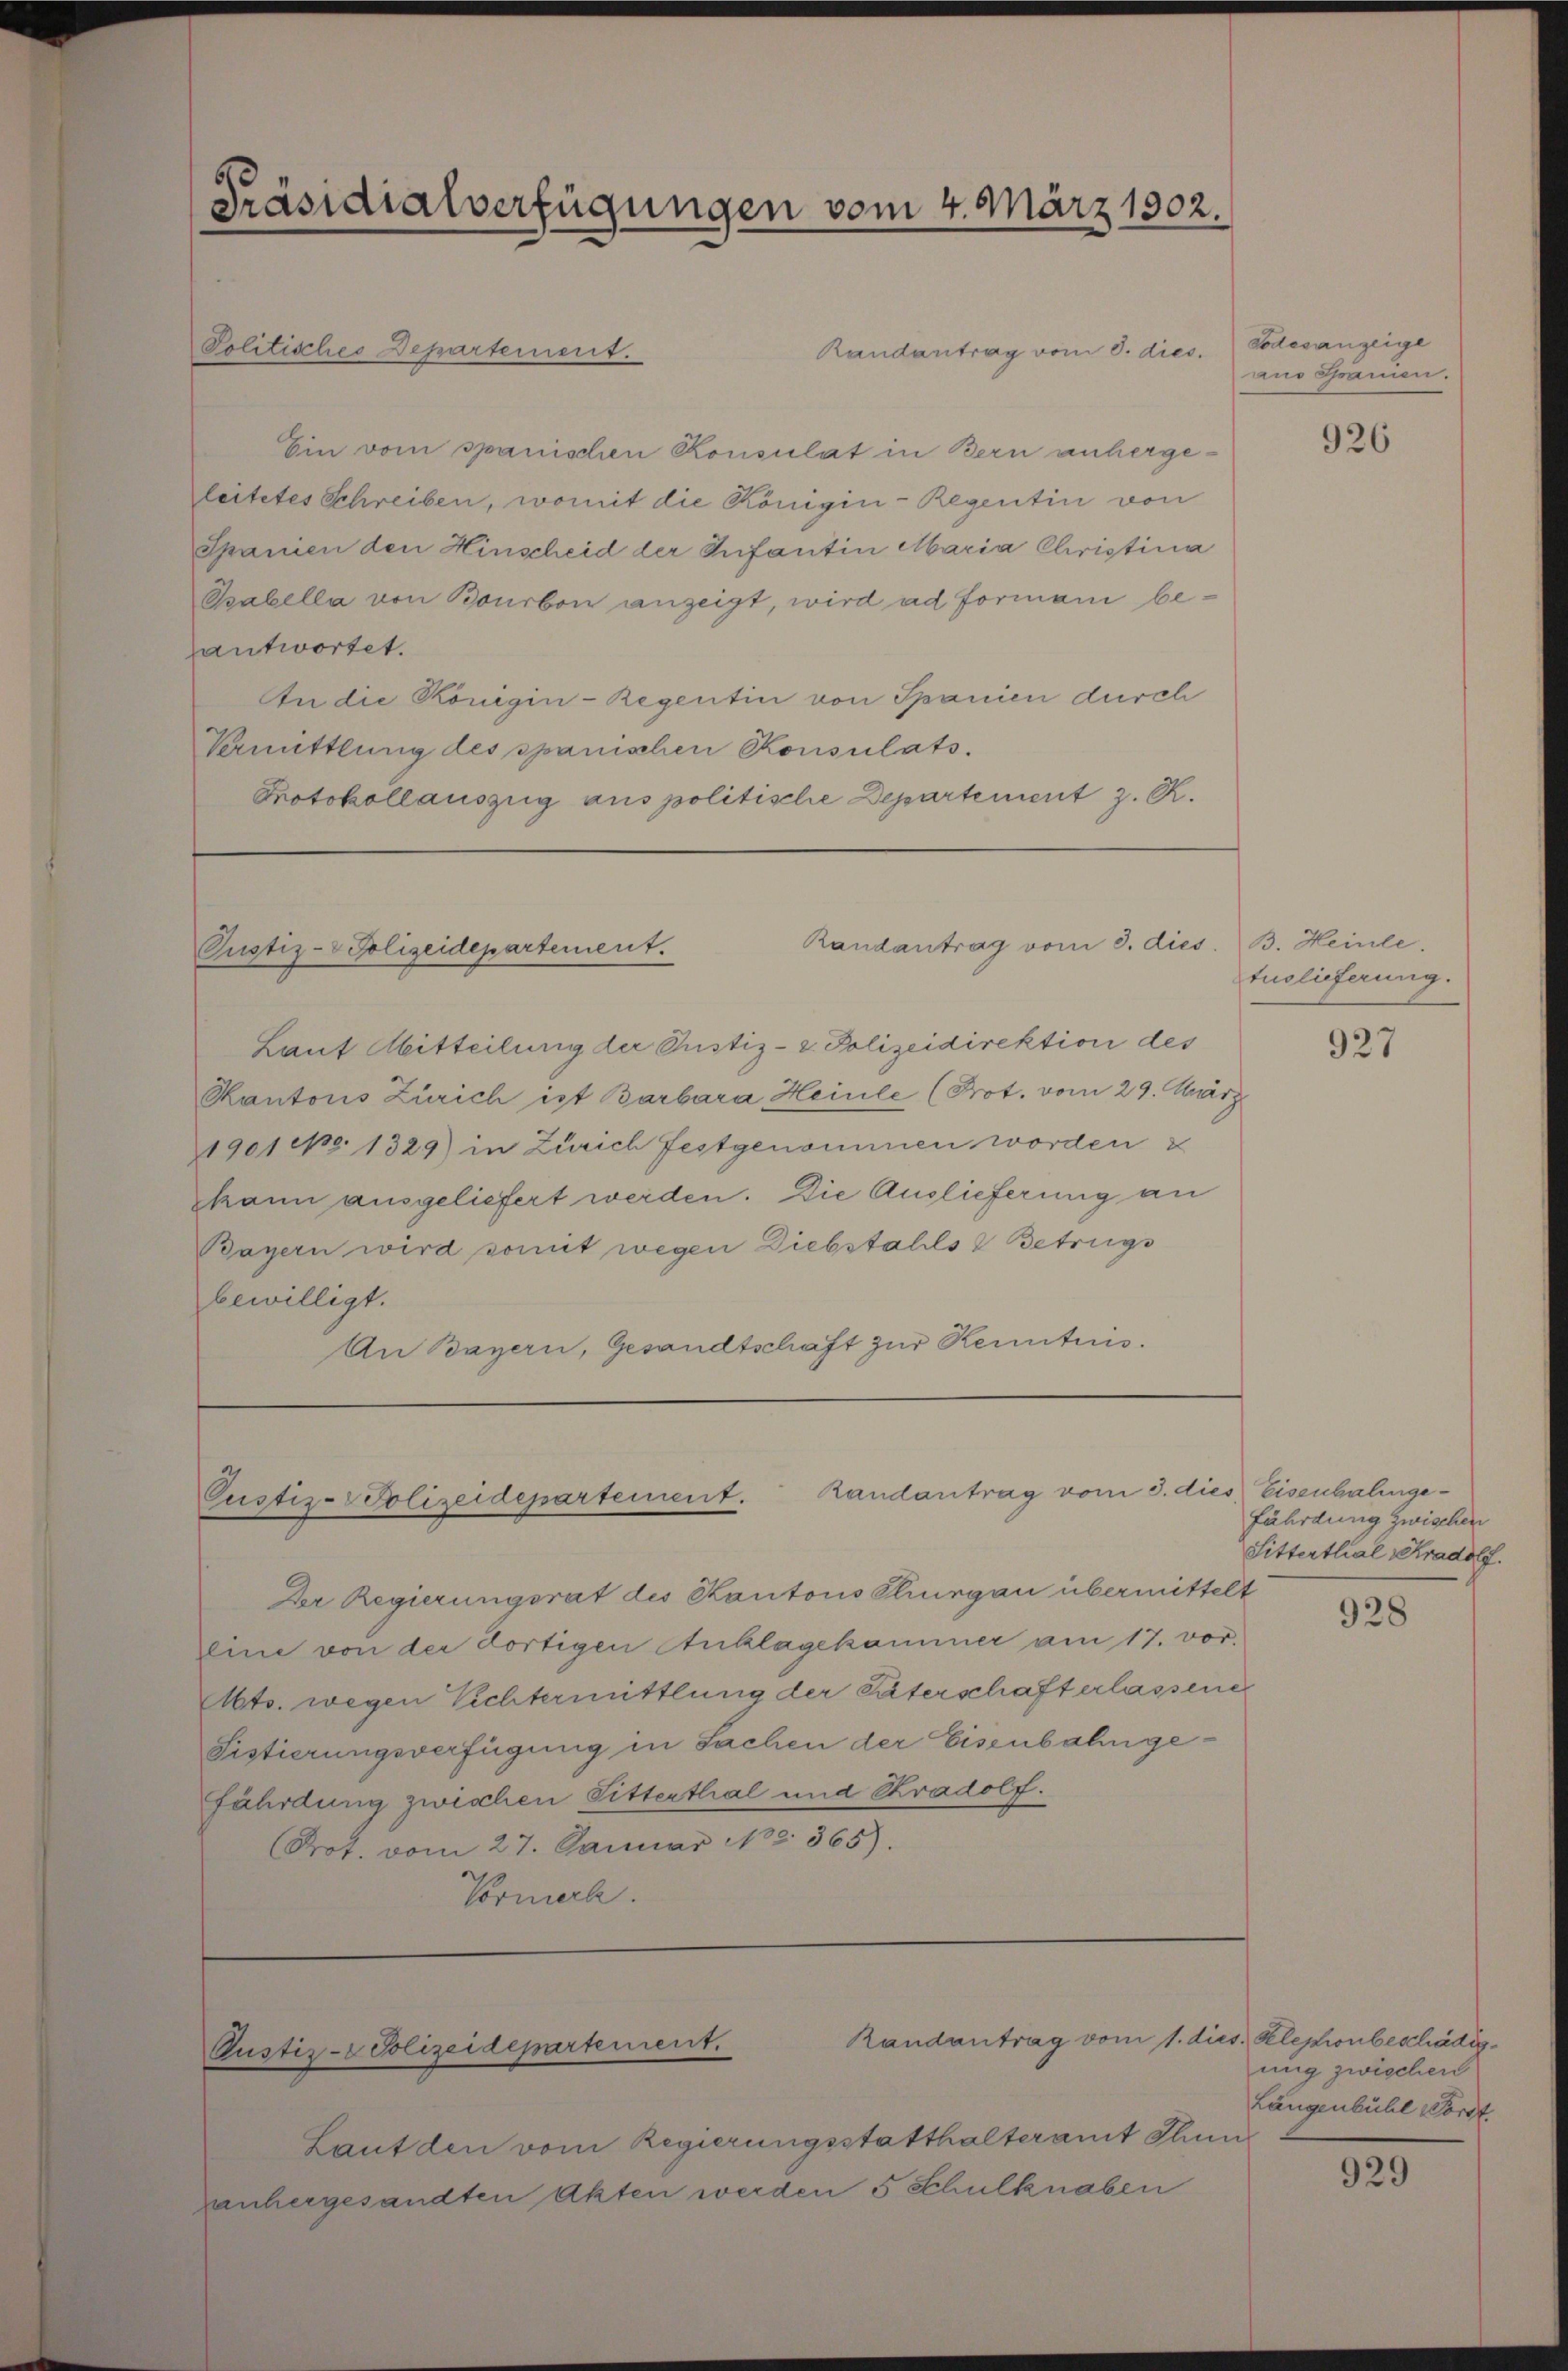
Präsidialverfügungen vom 4. März 1902.

Politisches Departement.
Randantrag vom 8. dies.
Ein vom spanischen Konsulat in Bern anhergeleitetes Schreiben, womit die Königin - Regentin von
Spanien den Hinscheid der Infantin Maria Christina
Sabella von Bourbon anzeigt, wird ad Formani beantwortet.
An die Königin-Regentin von Spanien durch
Vermittlung des spanischen Konsulats.
Protokollauszug aus politische Departement z. R.

Randantrag vom 3. dies
Pustiz- & Polizeidepartement.

Laut Abitteilung der Justiz- & Polizeidirektion des
Kantons Zürich ist Barbara Heile (Prot. vom 29. März
1901 c. 1329) in Zürich festgenommen worden
hann ausgeliefert werden. Die Auslieferung an
Bayern wird somit wegen Diebstahls & Betrugs
bewilligt.
An Bayern, Gesandtschaft zur Kenntnis.

Pustiz-Polizeidepartement. Randantrag vom 3. dies

Justiz- & Polizeidepartement.

Randantrag vom 1. dies. Klephonbeschädig¬

Laut den vom Regierungsstatthalteramt Thun
vanhergesandten Akten werden 5 Schulknaben

Der Regierungsrat des Kantons Thurgau übermittelt
leine von der fortigen Anklagekammer am 17. vor.
ts. wegen Vichtermittlung der Vaterschaft erlassenen
Fistierungsverfügung in Sachen der Eisenbahngefährdung zwischen Sitterthal und Kradolf.
Prot. vom 27. Januar 188. 365).
Vormerk.

Todesanzeige
aus Granien.

926

B. Heinle
tuslieferung.

927

Eisenbahngefährdung zwischen
Sittertlial-Kradolf.

928

ung zwischen
Längenbühl Forst

929